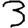
Digit: 3